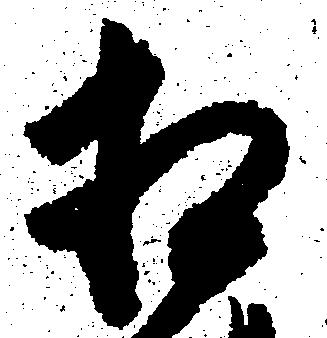
相